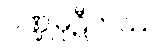
ပဏ္ဍုမုဋီကဿ